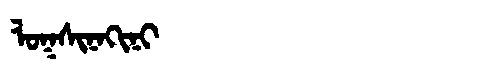
Manchu: ᠯᠣᡴᠰᡳᠨᠠᡴᡳᠨᡳ
Romanization: LOKSINAKINI